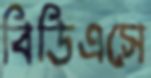
বিডিএসে